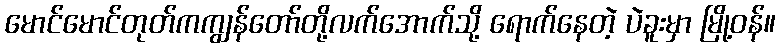
မောင်မောင်တုတ်ကကျွန်တော်တို့လက်အောက်သို့ ရောက်နေတဲ့ ပဲခူးမှာ မြို့ဝန်။